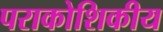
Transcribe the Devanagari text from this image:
पराकोशिकीय